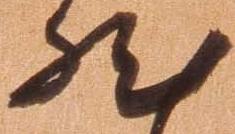
然